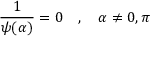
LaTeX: { \frac { 1 } { \psi ( \alpha ) } } = 0 \quad , \quad \alpha \neq 0 , \pi